Vaccination in Bombay 1874-1876 - 1874-1876
Year: 1874
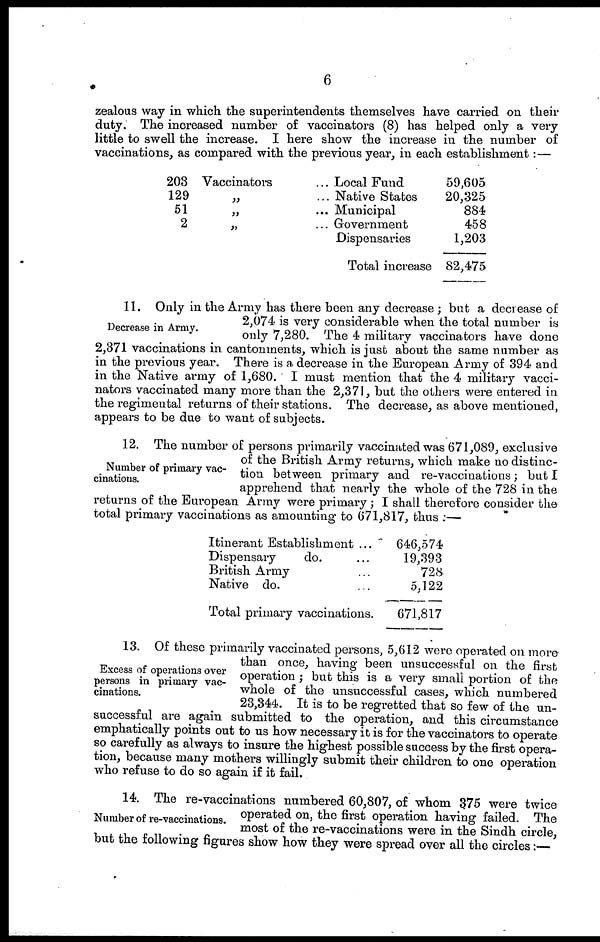
6
zealous way in which the superintendents themselves have carried on their
duty. The increased number of vaccinators (8) has helped only a very
little to swell the increase. I here show the increase in the number of
vaccinations, as compared with the previous year, in each establishment:—
203 Vaccinators ...
129 „ ...
51 „ ...
2 „ ...
Local Fund
Native States
Municipal
Government
Dispensaries
Total increase
59,605
20,325
884
458
1,203
82,475
Decrease in Army.
11. Only in the Army has there been any decrease ; but a decrease of
2,074 is very considerable when the total number is
only 7,280. The 4 military vaccinators have done
2,371 vaccinations in cantonments, which is just about the same number as
in the previous year. There is a decrease in the European Army of 394 and
in the Native army of 1,680. I must mention that the 4 military vacci-
nators vaccinated many more than the 2,371, but the others were entered in
the regimental returns of their stations. The decrease, as above mentioned,
appears to be due to want of subjects.
Number of primary vac-
cinations.
12. The number of persons primarily vaccinated was 671,089, exclusive
of the British Army returns, which make no distinc-
tion between primary and re-vaccinations; but I
apprehend that nearly the whole of the 728 in the
returns of the European Army were primary; I shall therefore consider the
total primary vaccinations as amounting to 671,817, thus :—
Itinerant Establishment ...
Dispensary
do. ...
British Army ...
Native do. ...
Total primary vaccinations.
646,574
19,393
728
5,122
671,817
Excess of operations over
persons in primary vac-
cinations.
13. Of these primarily vaccinated persons, 5,612 were operated on more
than once, having been unsuccessful on the first
operation ; but this is a very small portion of the
whole of the unsuccessful cases, which numbered
23,344. It is to be regretted that so few of the un-
successful are again submitted to the operation, and this circumstance
emphatically points out to us how necessary it is for the vaccinators to operate
so carefully as always to insure the highest possible success by the first opera-
tion, because many mothers willingly submit their children to one operation
who refuse to do so again if it fail.
Number of re-vaccinations.
14. The re-vaccinations numbered 60,807, of whom 375 were twice
operated on, the first operation having failed. The
most of the re-vaccinations were in the Sindh circle,
but the following figures show how they were spread over all the circles:—